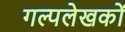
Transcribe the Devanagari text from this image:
गल्पलेखकों